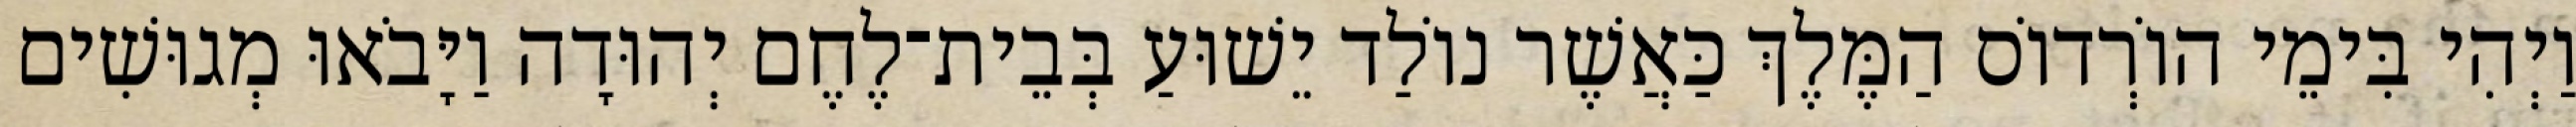
וַיְהִי בִּימֵי הוֹרְדוֹס הַמֶּלֶךְ כַּאֲשֶׁר נוֹלַד יֵשׁוּעַ בְּבֵית־לֶחֶם יְהוּדָה וַיָּבֹאוּ מְגוּשִׁים